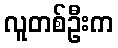
လူတစ်ဦးက